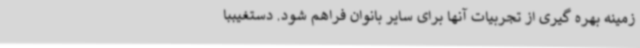
زمینه بهره گیری از تجربیات آنها برای سایر بانوان فراهم شود. دستغیببا